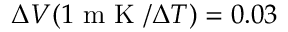
\Delta V ( 1 \mathrm { ~ m ~ K ~ } / \Delta T ) = 0 . 0 3